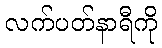
လက်ပတ်နာရီကို